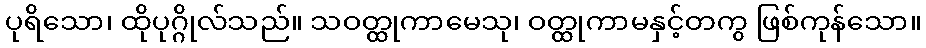
ပုရိသော၊ ထိုပုဂ္ဂိုလ်သည်။ သဝတ္ထုကာမေသု၊ ဝတ္ထုကာမနှင့်တကွ ဖြစ်ကုန်သော။